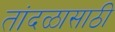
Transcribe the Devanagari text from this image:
तांदळासाठी